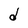
Character: d